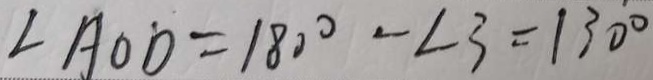
\angle A O D = 1 8 0 ^ { \circ } - \angle 3 = 1 3 0 ^ { \circ }